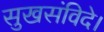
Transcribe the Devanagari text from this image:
सुखसंविदे।